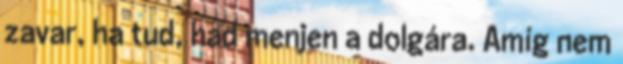
zavar, ha tud, had menjen a dolgára. Amíg nem